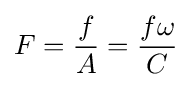
F={\frac {f}{A}}={\frac {f\omega }{C}}